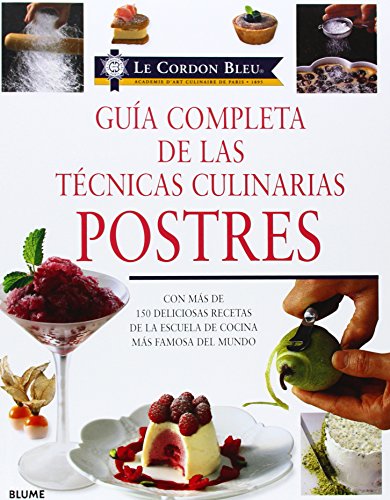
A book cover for Guia completa de las tecnicas culinarias: Postres: Con mas de 150 deliciosas recetas de la escuela de cocina mas famosa del mundo (Le Cordon Bleu series) (Castillian Edition); Le Cordon Bleu; Cookbooks, Food & Wine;